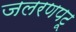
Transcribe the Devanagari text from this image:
जलरणपटू